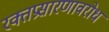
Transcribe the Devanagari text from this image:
रक्तप्रसारणावरोध